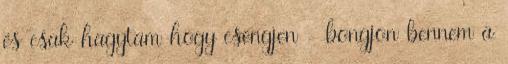
és csak hagytam hogy csengjen - bongjon bennem a